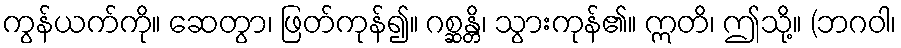
ကွန်ယက်ကို။ ဆေတွာ၊ ဖြတ်ကုန်၍။ ဂစ္ဆန္တိ၊ သွားကုန်၏။ ဣတိ၊ ဤသို့။ (ဘဂဝါ၊